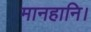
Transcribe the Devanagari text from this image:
मानहानि।